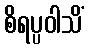
စိရပ္ပဝါသိံ